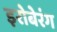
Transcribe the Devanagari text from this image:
इरोबेरंग